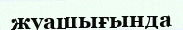
жуашығында